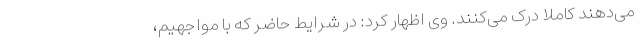
می‌دهند کاملا درک می‌کنند. وی اظهار کرد: در شرایط حاضر که با مواجهیم،